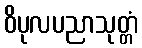
ဝိပုလပညာသုတ္တံ